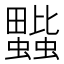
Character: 𧔆